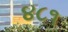
૪૮૧